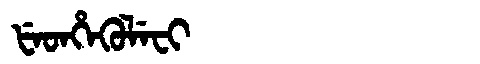
Manchu: ᡶᡝᡨᡥᡝᡴᡠᠯᡝᠸᡳ
Romanization: FETHEKULEFI